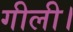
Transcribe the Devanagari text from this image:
गीली।